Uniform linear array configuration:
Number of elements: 32
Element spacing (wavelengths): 1
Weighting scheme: kaiser
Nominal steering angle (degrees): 0
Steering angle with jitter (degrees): -1.121
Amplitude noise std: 0.05
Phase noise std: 0.05

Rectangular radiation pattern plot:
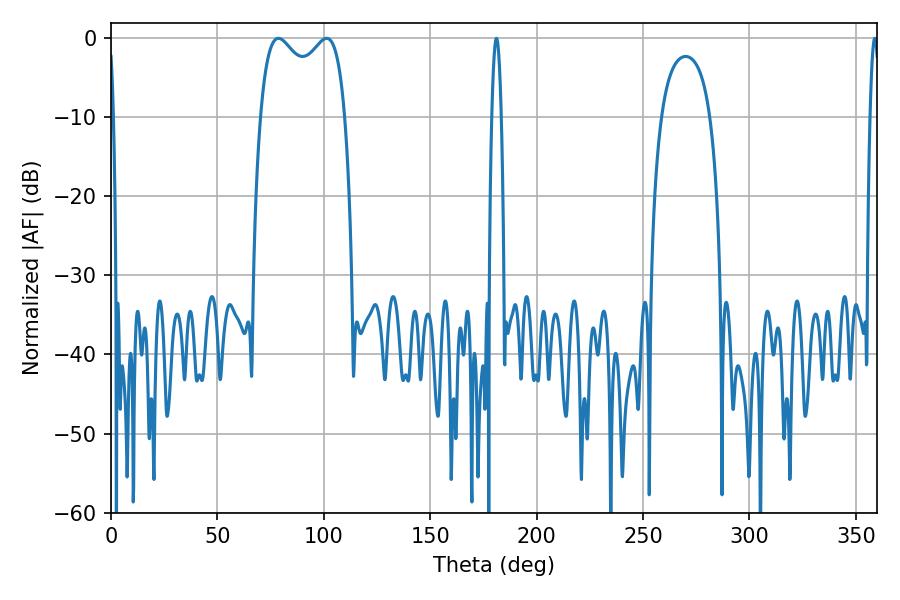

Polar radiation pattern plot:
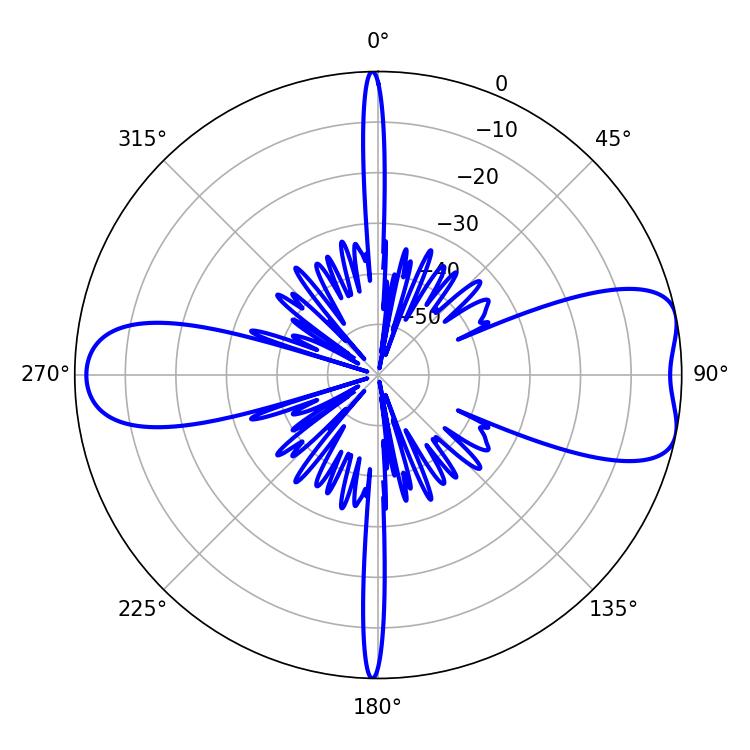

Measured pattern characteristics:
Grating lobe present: TRUE
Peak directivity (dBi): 7.979
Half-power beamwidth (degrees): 33.12
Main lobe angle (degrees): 78.66